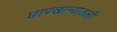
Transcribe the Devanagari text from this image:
छापखान्यातली